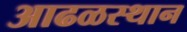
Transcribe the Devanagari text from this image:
आढळस्थान